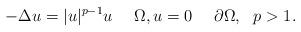
LaTeX: \begin{align*}-\Delta u = |u|^{p-1}u \ \ \ \ \Omega, u = 0 \ \ \ \ \partial \Omega, \ \ p>1.\end{align*}